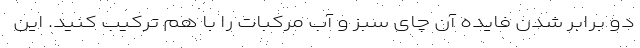
دو برابر شدن فایده آن چای سبز و آب مرکبات را با هم ترکیب کنید. این